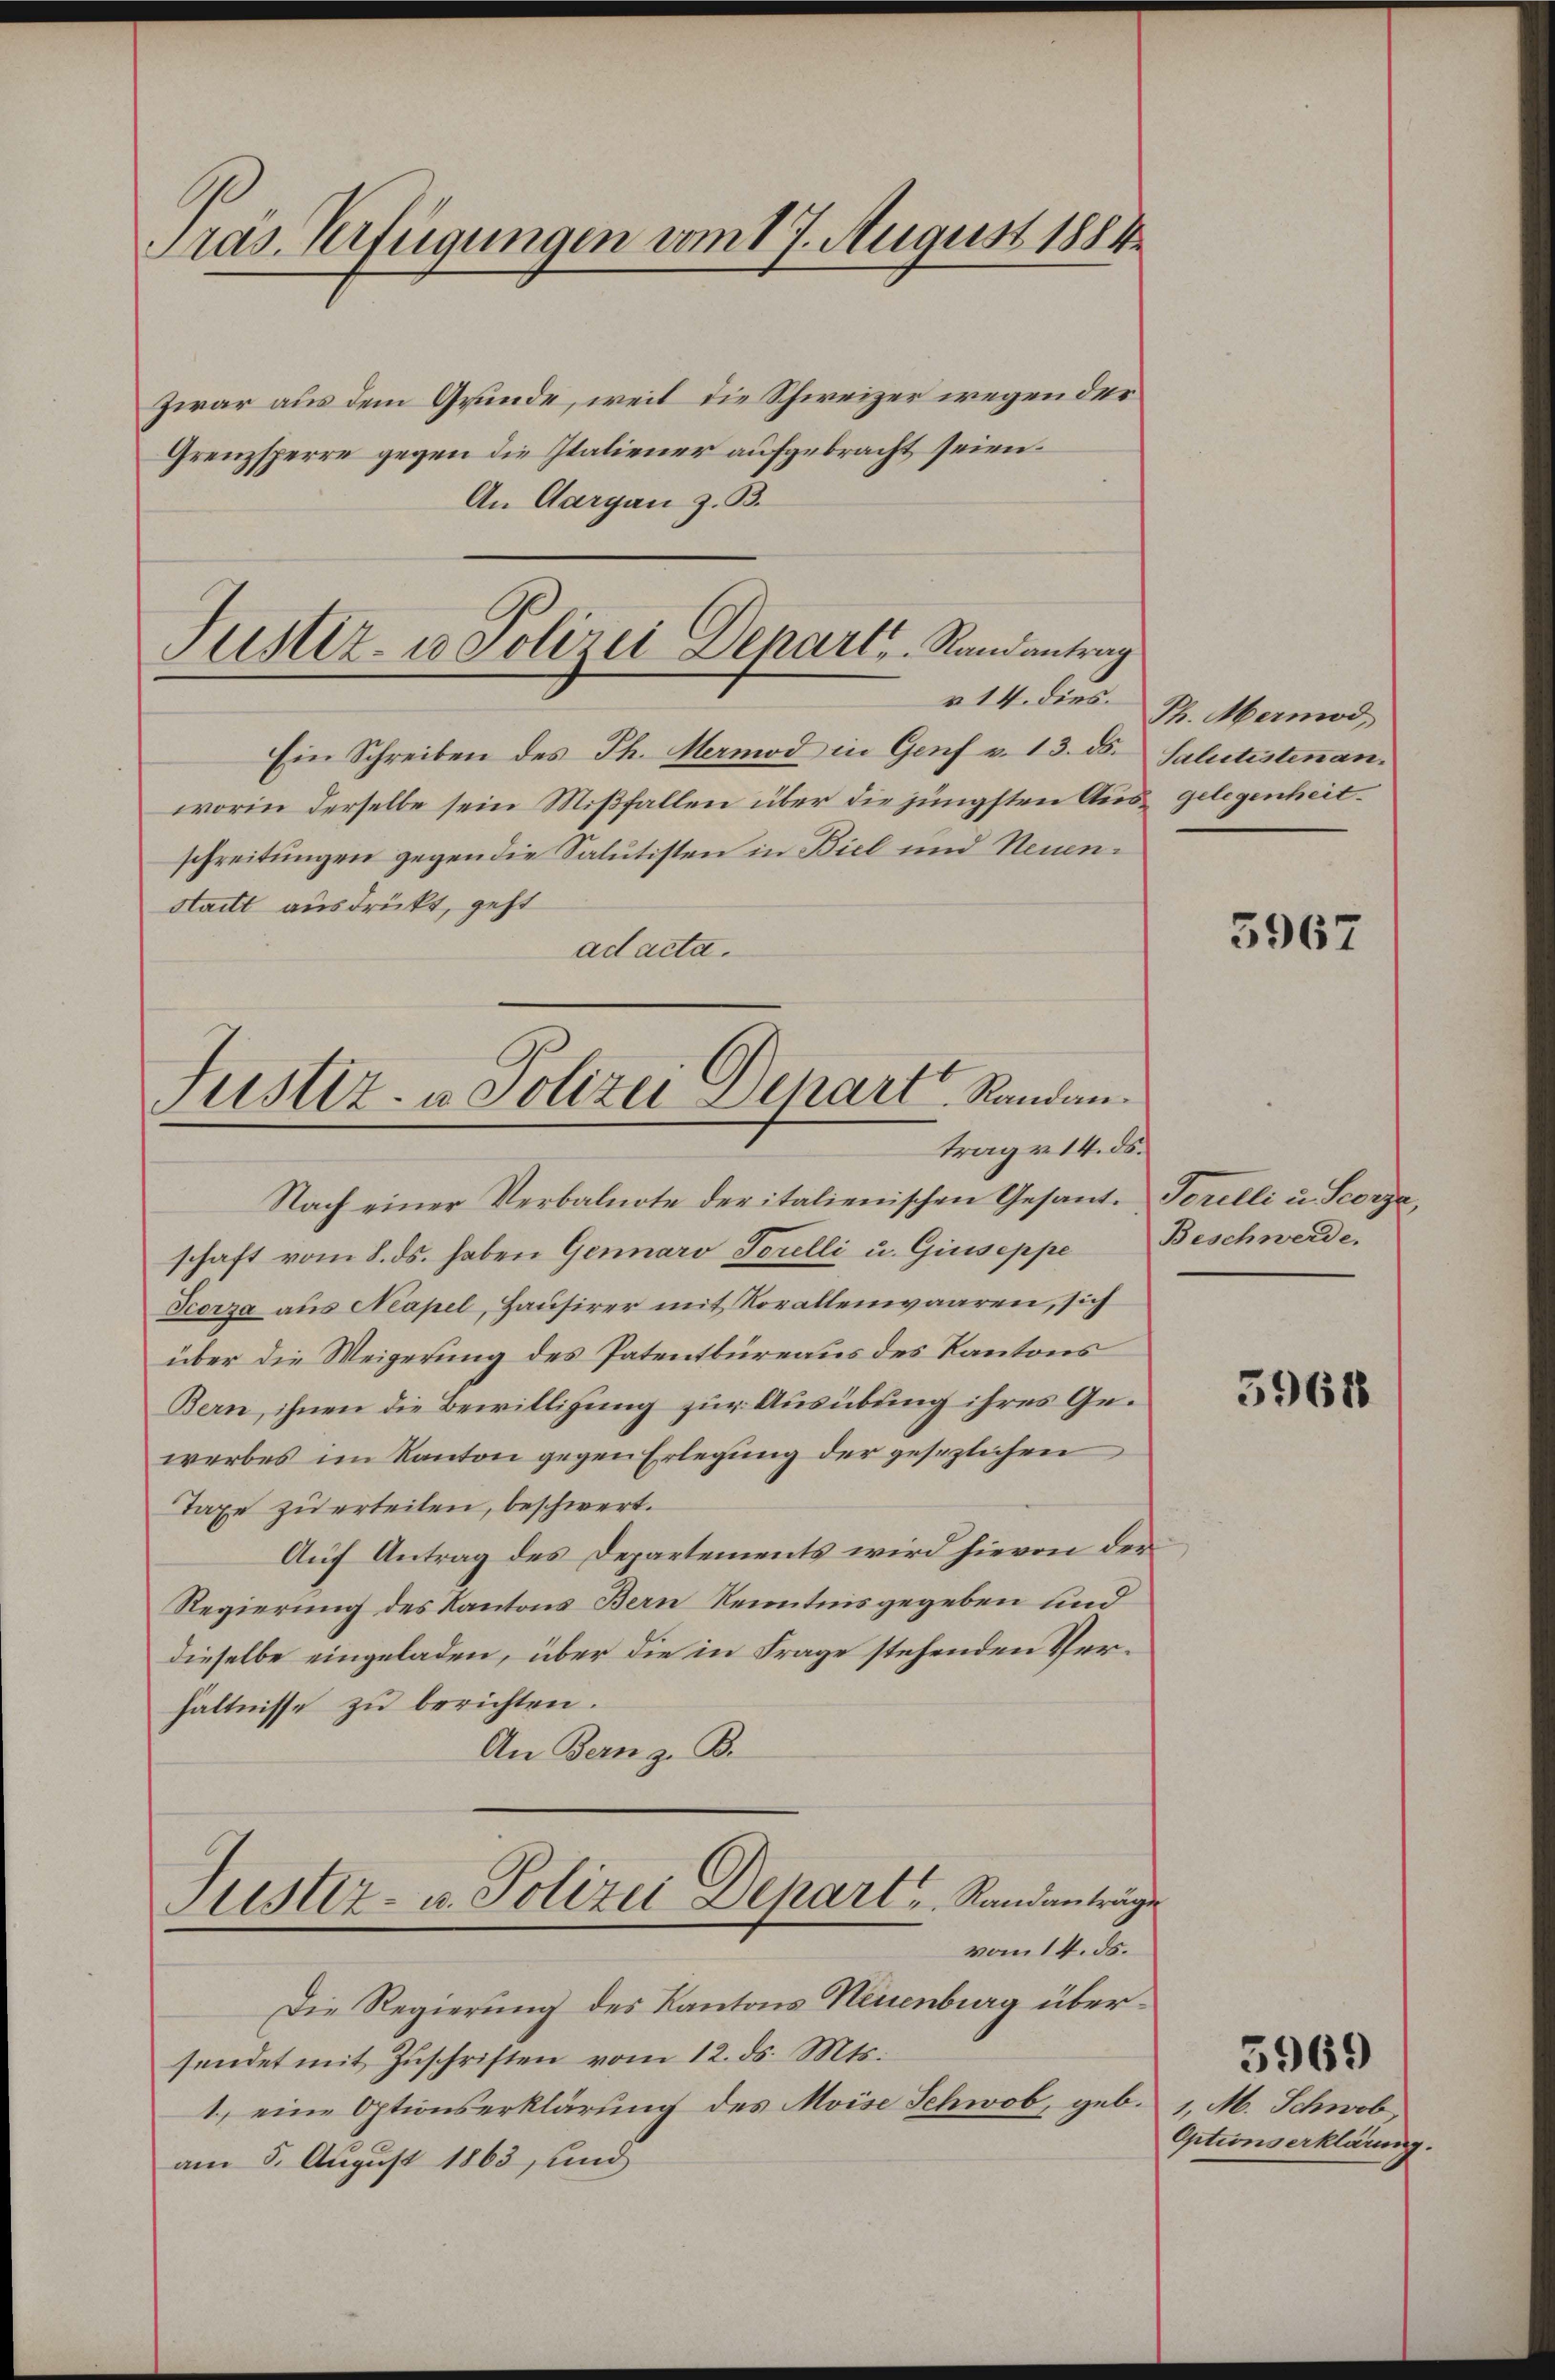
Pras. Verfügungen vom 17. August 1884

Zwar aus dem Grunde, weil die Schweizer wegen der
Grenzsperre gegen die Italiener aufgebracht seien.
An Aargau z. B.

Justiz- u Polizei Depart Randantrag
» 14. dies

Ein Schreiben des Th. Mermod in Genf v. 13. ds. Salutistenanworin derselbe sein Mißfallen über die jüngsten Aus gelegenheit¬
Stadt ausdrückt, geht
ad acta.

schreitungen gegen die Salutisten in Biel und Neuen¬

Justiz- u. Polizei Depart Randantrag v. 14. ds.

Ph. Mermod

Nach einer Verbalnote der italienischen Gesante Torelli u. Scorze,
schaft vom 8. ds. haben Gennaro Serelli u. Giuseppe Beschwerde.
Teorza aus Neapel, Hausirer mit Vorallenwaaren, sich
über die Weigerung des Patentbüreaus des Kantons
Bern, ihnen die Bewilligung zur Ausübung ihres Gewerbes im Kanton gegen Erlegung der gesezlichen
Taxe zu erteilen, beschwert.
Auf Antrag des Departements wird hievon der
Regierung des Kantons Bern Kenntnisgegeben und
dieselbe eingeladen, über die in Frage stehenden Verhältnisse zu berichten.
An Bern z. B.
Justiz- u. Polizei Depart Randanträge
vom 14. ds.
Die Regierung des Kantons Neuenburg übersendet mit Zŭschriften vom 12. ds. Mts.
1.) eine Optionserklärung des Moise Schwab, geb.
am 5. August 1863 und

5967

5967

1, M. Schwob
Optionserklärung.

5969